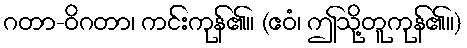
ဂတာ-ဝိဂတာ၊ ကင်းကုန်၏။ (ဧဝံ၊ ဤသို့တူကုန်၏။)